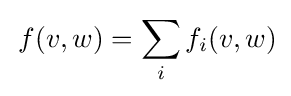
\,f(v,w)=\sum _{i}f_{i}(v,w)